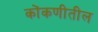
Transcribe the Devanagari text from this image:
कोंकणीतील